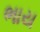
ભાય